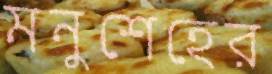
মনুশেহের